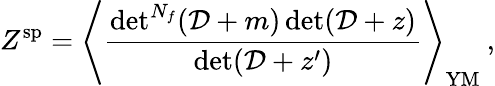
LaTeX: Z^{\mathrm{sp}}=\left\langle\frac{{\operatorname*{det}}^{N_{f}}({\cal D}+m)\operatorname*{det}({\cal D}+z)}{\operatorname*{det}({\cal D}+z^{\prime})}\right\rangle_{\mathrm{YM}}\: ,